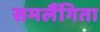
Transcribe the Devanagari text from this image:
समलैंगिता